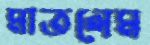
মাতলেম